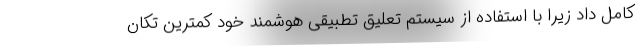
کامل داد زیرا با استفاده از سیستم تعلیق تطبیقی هوشمند خود کمترین تکان